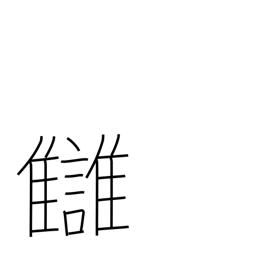
Meaning: revenge